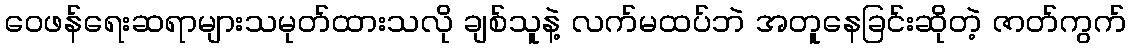
ဝေဖန်ရေးဆရာများသမုတ်ထားသလို ချစ်သူနဲ့ လက်မထပ်ဘဲ အတူနေခြင်းဆိုတဲ့ ဇာတ်ကွက်